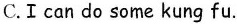
C.Ican do some kung fu.